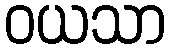
ဝယသာ